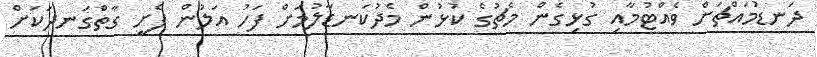
ދަނޑުމައްޗަށް ވެއްޓުމާއި ގުޅިގެން މެޗުގެ ކުޅުން މެދުކަނޑާލުމަށް ފަހު އަލުން ފެށީ ގާތްގަނދަކަށް